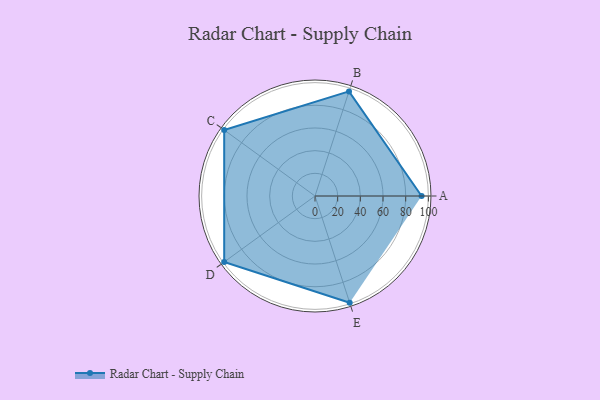
{"axis": {"x": "Skill", "y": "Score"}, "legend": ["Profile"], "data": [{"x": "A", "y": 94.0, "type": "Profile"}, {"x": "B", "y": 97.0, "type": "Profile"}, {"x": "C", "y": 99, "type": "Profile"}, {"x": "D", "y": 99, "type": "Profile"}, {"x": "E", "y": 99, "type": "Profile"}]}